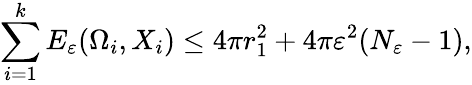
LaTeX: \sum_{i=1}^{k}E_{\varepsilon}(\Omega_{i},X_{i})\leq 4\pi r_{1}^{2}+4\pi\varepsilon^{2}(N_{\varepsilon}-1),